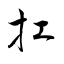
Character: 扛